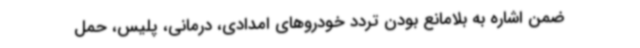
ضمن اشاره به بلامانع بودن تردد خودروهای امدادی،‌ درمانی،‌ پلیس، حمل